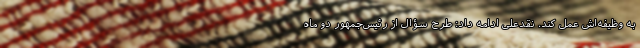
به وظیفه‌اش عمل کند. نقدعلی ادامه داد: طرح سؤال از رئیس‌جمهور دو ماه